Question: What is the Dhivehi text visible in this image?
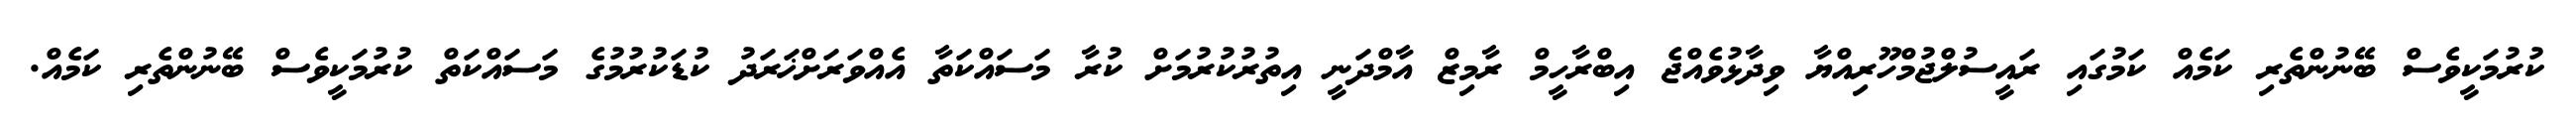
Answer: ކުރުމަކީވެސް ބޭނުންތެރި ކަމެއް ކަމުގައި ރައީސުލްޖުމްހޫރިއްޔާ ވިދާޅުވެއްޖެ އިބްރާހީމް ރާމިޒް އާމްދަނީ އިތުރުކުރުމަށް ކުރާ މަސައްކަތާ އެއްވަރަށްޚަރަދު ކުޑަކުރުމުގެ މަސައްކަތް ކުރުމަކީވެސް ބޭނުންތެރި ކަމެއް.